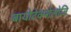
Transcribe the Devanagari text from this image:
बायोटेक्नोलोजि